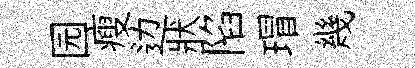
园瘦边狀陷瑁幾